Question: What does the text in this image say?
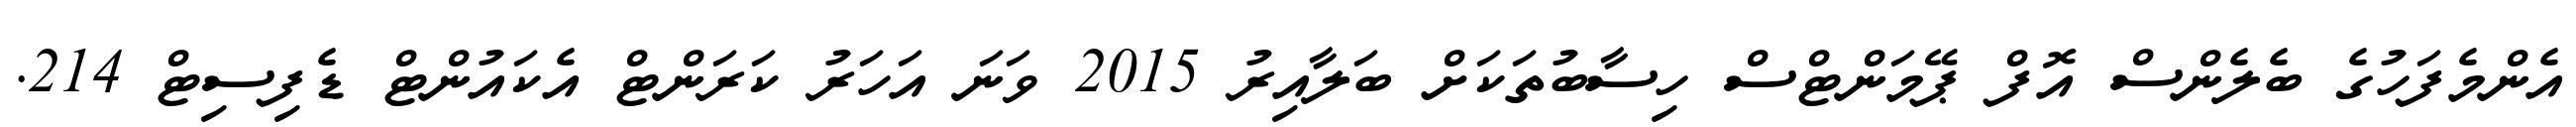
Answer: އެންމެފަހުގެ ބެލެންސް އޮފް ޕޭމަންޓްސް ހިސާބުތަކަށް ބަލާއިރު 2015 ވަނަ އަހަރު ކަރަންޓް އެކައުންޓް ޑެފިސިޓް 214.